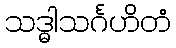
သဒ္ဓါသင်္ဂဟိတံ